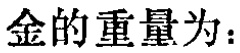
金的重量为：